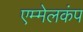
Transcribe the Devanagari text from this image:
एम्मेलकंप